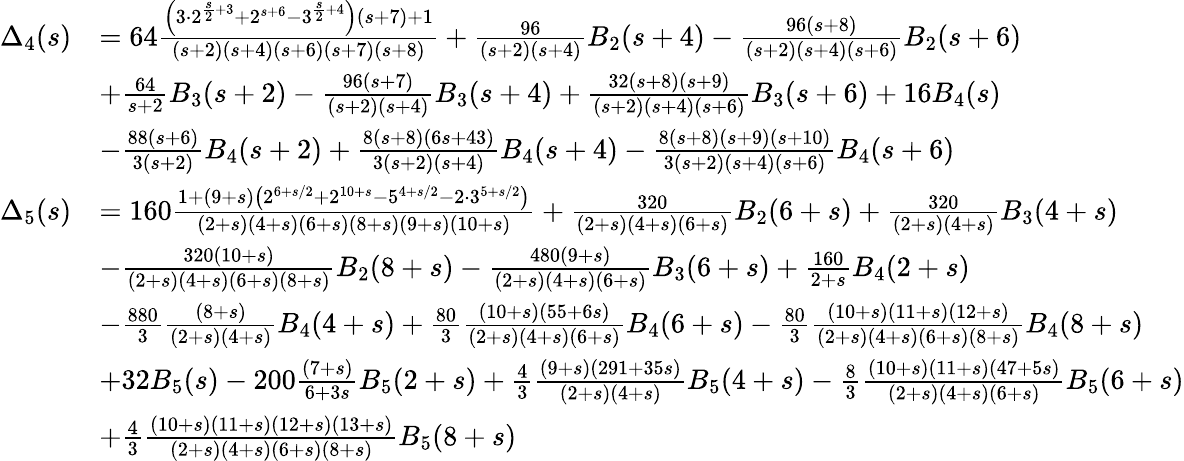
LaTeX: \begin{array}{rl}{\Delta_{4}(s)}&{=64\frac{\left(3\cdot 2^{\frac{s}{2}+3}+2^{s+6}-3^{\frac{s}{2}+4}\right)(s+7)+1}{(s+2)(s+4)(s+6)(s+7)(s+8)}+\frac{96}{(s+2)(s+4)}B_{2}(s+4)-\frac{96(s+8)}{(s+2)(s+4)(s+6)}B_{2}(s+6)}\\ &{+\frac{64}{s+2}B_{3}(s+2)-\frac{96(s+7)}{(s+2)(s+4)}B_{3}(s+4)+\frac{32(s+8)(s+9)}{(s+2)(s+4)(s+6)}B_{3}(s+6)+16B_{4}(s)}\\ &{-\frac{88(s+6)}{3(s+2)}B_{4}(s+2)+\frac{8(s+8)(6s+43)}{3(s+2)(s+4)}B_{4}(s+4)-\frac{8(s+8)(s+9)(s+10)}{3(s+2)(s+4)(s+6)}B_{4}(s+6)}\\ {\Delta_{5}(s)}&{=160\frac{1+(9+s)\left(2^{6+s/2}+2^{10+s}-5^{4+s/2}-2\cdot 3^{5+s/2}\right)}{(2+s)(4+s)(6+s)(8+s)(9+s)(10+s)}+\frac{320}{(2+s)(4+s)(6+s)}B_{2}(6+s)+\frac{320}{(2+s)(4+s)}B_{3}(4+s)}\\ &{-\frac{320(10+s)}{(2+s)(4+s)(6+s)(8+s)}B_{2}(8+s)-\frac{480(9+s)}{(2+s)(4+s)(6+s)}B_{3}(6+s)+\frac{160}{2+s}B_{4}(2+s)}\\ &{-\frac{880}{3}\frac{(8+s)}{(2+s)(4+s)}B_{4}(4+s)+\frac{80}{3}\frac{(10+s)(55+6s)}{(2+s)(4+s)(6+s)}B_{4}(6+s)-\frac{80}{3}\frac{(10+s)(11+s)(12+s)}{(2+s)(4+s)(6+s)(8+s)}B_{4}(8+s)}\\ &{+32B_{5}(s)-200\frac{(7+s)}{6+3s}B_{5}(2+s)+\frac{4}{3}\frac{(9+s)(291+35s)}{(2+s)(4+s)}B_{5}(4+s)-\frac{8}{3}\frac{(10+s)(11+s)(47+5s)}{(2+s)(4+s)(6+s)}B_{5}(6+s)}\\ &{+\frac{4}{3}\frac{(10+s)(11+s)(12+s)(13+s)}{(2+s)(4+s)(6+s)(8+s)}B_{5}(8+s)}\end{array}